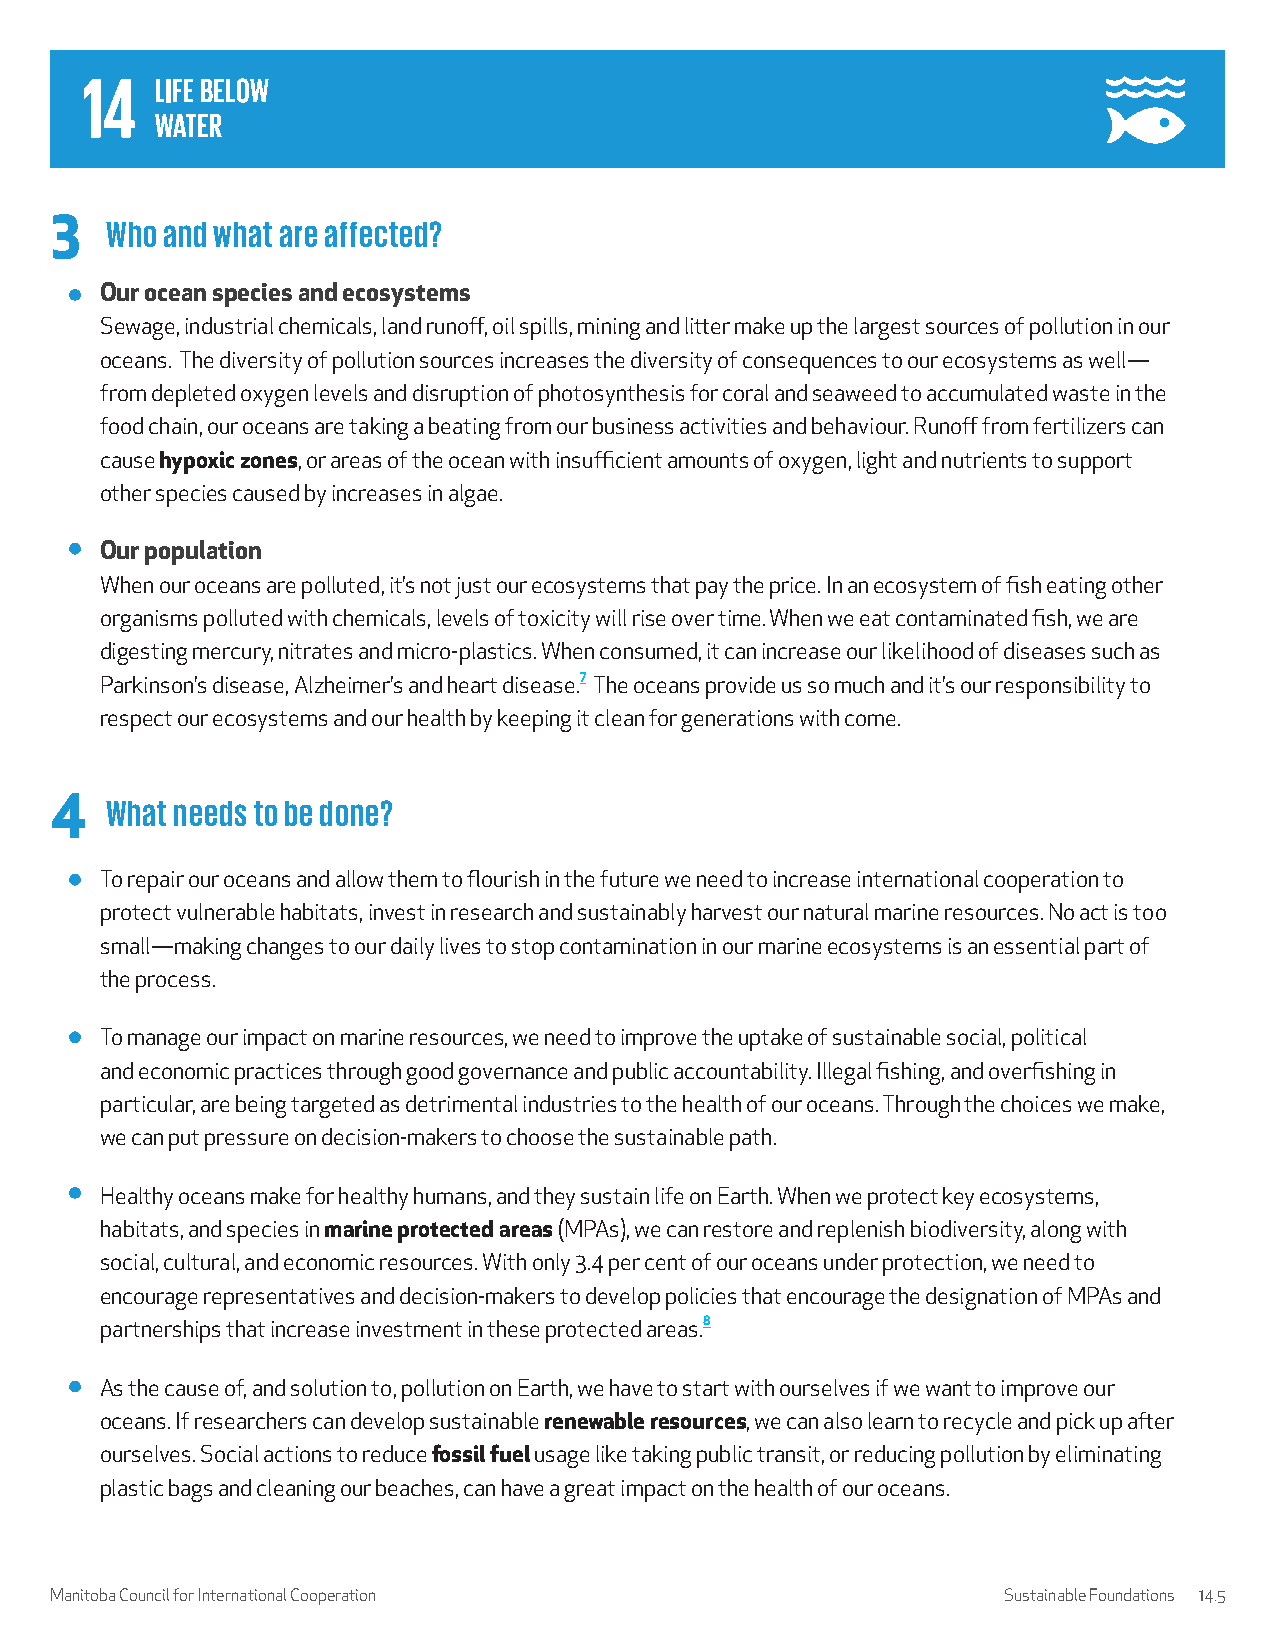
3   Who and what are affected?
 Our ocean species and ecosystems
 Sewage, industrial chemicals, land runoff, oil spills, mining and litter make up the largest sources of pollution in our
 oceans. The diversity of pollution sources increases the diversity of consequences to our ecosystems as well—
 from depleted oxygen levels and disruption of photosynthesis for coral and seaweed to accumulated waste in the
 food chain, our oceans are taking a beating from our business activities and behaviour. Runoff from fertilizers can
 cause hypoxic zones, or areas of the ocean with insufficient amounts of oxygen, light and nutrients to support
 other species caused by increases in algae.
 Our population
 When our oceans are polluted, it’s not just our ecosystems that pay the price. In an ecosystem of fish eating other
 organisms polluted with chemicals, levels of toxicity will rise over time. When we eat contaminated fish, we are
 digesting mercury, nitrates and micro-plastics. When consumed, it can increase our likelihood of diseases such as
 Parkinson’s disease, Alzheimer’s and heart disease.7 The oceans provide us so much and it’s our responsibility to
 respect our ecosystems and our health by keeping it clean for generations with come.
 4   What needs to be done?
 To repair our oceans and allow them to flourish in the future we need to increase international cooperation to
 protect vulnerable habitats, invest in research and sustainably harvest our natural marine resources. No act is too
 small—making changes to our daily lives to stop contamination in our marine ecosystems is an essential part of
 the process.
 To manage our impact on marine resources, we need to improve the uptake of sustainable social, political
 and economic practices through good governance and public accountability. Illegal fishing, and overfishing in
 particular, are being targeted as detrimental industries to the health of our oceans. Through the choices we make,
 we can put pressure on decision-makers to choose the sustainable path.
 Healthy oceans make for healthy humans, and they sustain life on Earth. When we protect key ecosystems,
 habitats, and species in marine protected areas (MPAs), we can restore and replenish biodiversity, along with
 social, cultural, and economic resources. With only 3.4 per cent of our oceans under protection, we need to
 encourage representatives and decision-makers to develop policies that encourage the designation of MPAs and
 partnerships that increase investment in these protected areas.8
 As the cause of, and solution to, pollution on Earth, we have to start with ourselves if we want to improve our
 oceans. If researchers can develop sustainable renewable resources, we can also learn to recycle and pick up after
 ourselves. Social actions to reduce fossil fuel usage like taking public transit, or reducing pollution by eliminating
 plastic bags and cleaning our beaches, can have a great impact on the health of our oceans.
 Manitoba Council for International Cooperation                 Sustainable Foundations 14.5